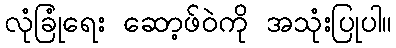
လုံခြုံရေး ဆော့ဖ်ဝဲကို အသုံးပြုပါ။